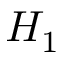
H _ { 1 }